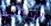
العقاري